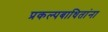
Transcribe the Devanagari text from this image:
प्रकल्पबाधितांना